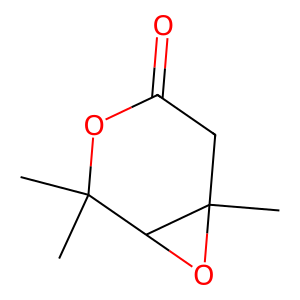
SMILES: CC1(C)OC(=O)CC2(C)OC12
Inhibits HIV replication: No